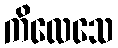
ကိလေသေ